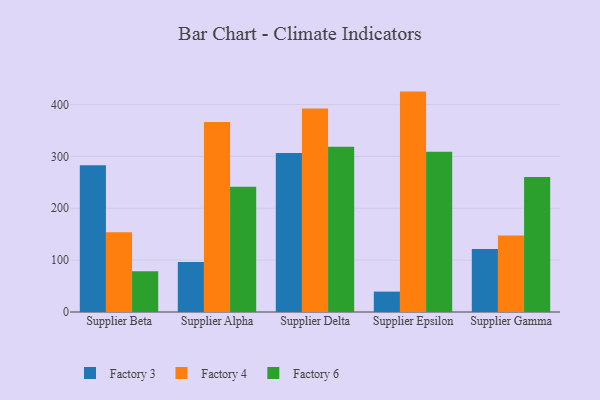
{"axis": {"x": "Supplier", "y": "Satisfaction Score"}, "legend": ["Factory 3", "Factory 4", "Factory 6"], "data": [{"x": "Supplier Beta", "y": 283.2, "type": "Factory 3"}, {"x": "Supplier Beta", "y": 153.7, "type": "Factory 4"}, {"x": "Supplier Beta", "y": 78.5, "type": "Factory 6"}, {"x": "Supplier Alpha", "y": 96.6, "type": "Factory 3"}, {"x": "Supplier Alpha", "y": 366.5, "type": "Factory 4"}, {"x": "Supplier Alpha", "y": 241.7, "type": "Factory 6"}, {"x": "Supplier Delta", "y": 306.8, "type": "Factory 3"}, {"x": "Supplier Delta", "y": 392.6, "type": "Factory 4"}, {"x": "Supplier Delta", "y": 318.5, "type": "Factory 6"}, {"x": "Supplier Epsilon", "y": 39.3, "type": "Factory 3"}, {"x": "Supplier Epsilon", "y": 425.0, "type": "Factory 4"}, {"x": "Supplier Epsilon", "y": 309.0, "type": "Factory 6"}, {"x": "Supplier Gamma", "y": 121.4, "type": "Factory 3"}, {"x": "Supplier Gamma", "y": 147.5, "type": "Factory 4"}, {"x": "Supplier Gamma", "y": 260.1, "type": "Factory 6"}]}